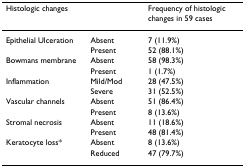
<table><thead><tr><td colspan="2"><b>Histologic changes</b></td><td><b>Frequency of histologic changes in 59 cases</b></td></tr></thead><tbody><tr><td>Epithelial Ulceration</td><td>Absent</td><td>7 (11.9%)</td></tr><tr><td></td><td>Present</td><td>52 (88.1%)</td></tr><tr><td>Bowmans membrane</td><td>Absent</td><td>58 (98.3%)</td></tr><tr><td></td><td>Present</td><td>1 (1.7%)</td></tr><tr><td>Inflammation</td><td>Mild/Mod</td><td>28 (47.5%)</td></tr><tr><td></td><td>Severe</td><td>31 (52.5%)</td></tr><tr><td>Vascular channels</td><td>Absent</td><td>51 (86.4%)</td></tr><tr><td></td><td>Present</td><td>8 (13.6%)</td></tr><tr><td>Stromal necrosis</td><td>Absent</td><td>11 (18.6%)</td></tr><tr><td></td><td>Present</td><td>48 (81.4%)</td></tr><tr><td>Keratocyte loss*</td><td>Absent</td><td>8 (13.6%)</td></tr><tr><td></td><td>Reduced</td><td>47 (79.7%)</td></tr></tbody></table>